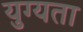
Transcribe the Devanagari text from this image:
युग्यता